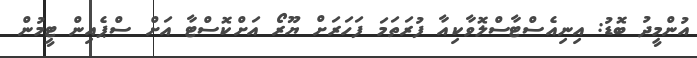
އުންމީދު ބޮޑު: އިނިއެސްޓާސްލޮވާކިއާ ފުރަތަމަ ފަހަރަށް ޔޫރޯ އަށްކޮސްޓާ އަށް ސްޕެއިން ޓީމުން